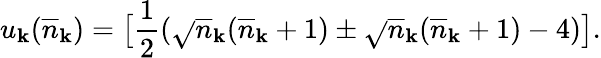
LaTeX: u_{\mathbf{k}}(\overline{{{{n}}}}_{\mathbf{k}})=\bigl[\frac{{1}}{{2}}(\sqrt{}{{\overline{{{{n}}}}_{\mathbf{k}}(\overline{{{{n}}}}_{\mathbf{k}}+1)}}\pm\sqrt{}{{\overline{{{{n}}}}_{\mathbf{k}}(\overline{{{{n}}}}_{\mathbf{k}}+1)-4}})\bigr].